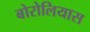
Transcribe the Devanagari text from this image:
बोरोलियास